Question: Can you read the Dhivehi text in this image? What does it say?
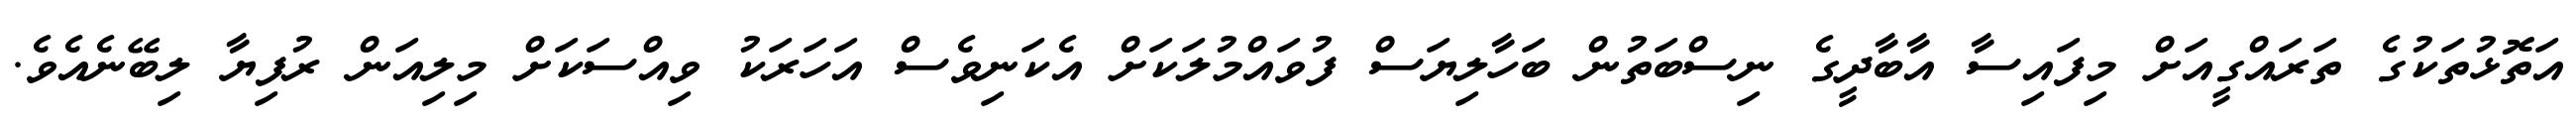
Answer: އަތޮޅުތަކުގެ ތަރައްގީއަށް މިފައިސާ އާބާދީގެ ނިސްބަތުން ބަހާލިޔަސް ފުވައްމުލަކަށް އެކަނިވެސް އަހަރަކު ވިއްސަކަށް މިލިއަން ރުފިޔާ ލިބޭނެއެވެ.